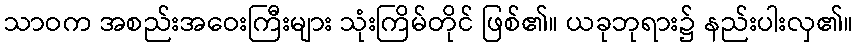
သာဝက အစည်းအဝေးကြီးများ သုံးကြိမ်တိုင် ဖြစ်၏။ ယခုဘုရား၌ နည်းပါးလှ၏။